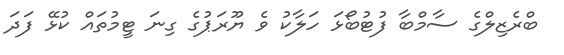
ބްރެޒިލްގެ ސާމްބާ ފުޓުބޯޅަ ހަލާކު ވެ ޔޫރަޕުގެ ގިނަ ޓީމުތައް ކުޅޭ ފަދަ